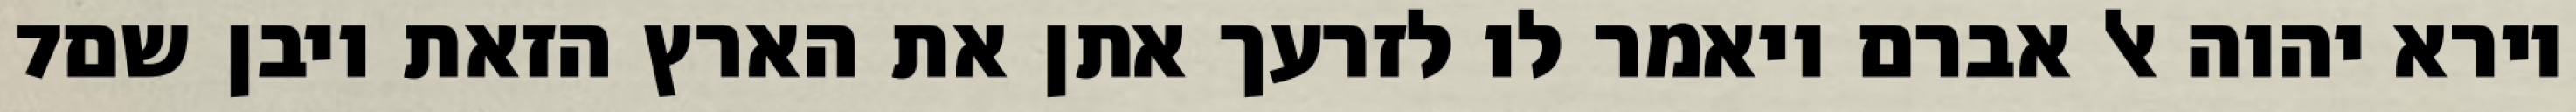
‎7‏ וירא יהוה אל אברם ויאמר לו לזרעך אתן את הארץ הזאת ויבן שם